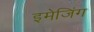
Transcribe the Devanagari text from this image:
इमेजिंग